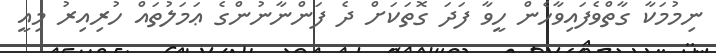
ނިމުމަކާ ގާތްވެފައިވާހެން ހީވާ ފަދަ ގޮތަކަށް ދެ ފަންނާނުންގެ ޢަމަލުތައް ހުރިއިރު މިއީ